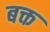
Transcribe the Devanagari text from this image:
बक्त